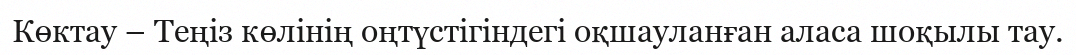
Көктау – Теңіз көлінің оңтүстігіндегі оқшауланған аласа шоқылы тау.